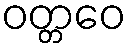
ဝတ္တဝေ